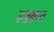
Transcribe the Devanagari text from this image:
इषुकृत्